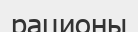
рационы